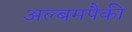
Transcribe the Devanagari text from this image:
अल्बमपैकी